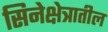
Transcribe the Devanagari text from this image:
सिनेक्षेत्रातील